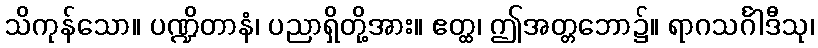
သိကုန်သော။ ပဏ္ဍိတာနံ၊ ပညာရှိတို့အား။ ဧတ္ထ၊ ဤအတ္တဘော၌။ ရာဂသင်္ဂါဒီသု၊